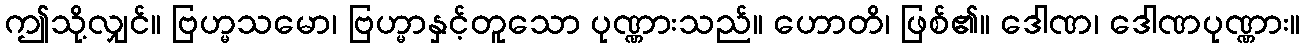
ဤသို့လျှင်။ ဗြဟ္မသမော၊ ဗြဟ္မာနှင့်တူသော ပုဏ္ဏားသည်။ ဟောတိ၊ ဖြစ်၏။ ဒေါဏ၊ ဒေါဏပုဏ္ဏား။